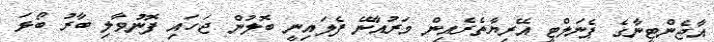
އާޖެންޓީނާގެ ޕެނަލްޓީ އޭރިޔާތެރެއިން މަރުއާނޭ ފެލައިނީ ބޮލުން ޖަހައި ފޮނުވާލި ބާރު ބޯޅަ